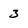
Character: 3